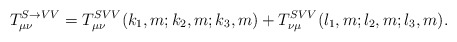
\begin{align*}T^{S\rightarrow VV}_{\mu\nu}=T^{SVV}_{\mu\nu}(k_1,m;k_2,m;k_3,m)+T^{SVV}_{\nu\mu}(l_1,m;l_2,m;l_3,m).\end{align*}